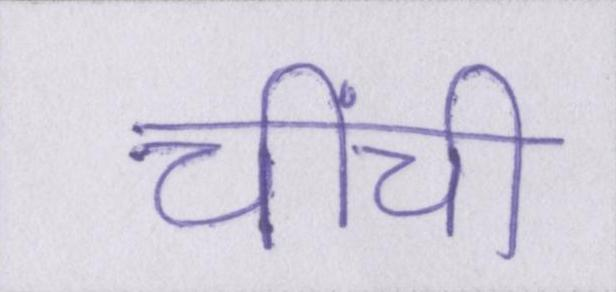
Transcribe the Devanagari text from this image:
चींची